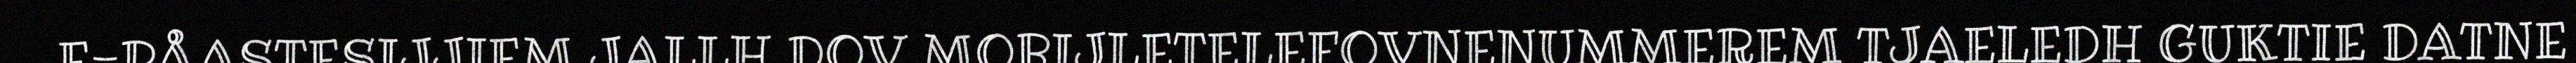
E-PÅASTESIJJIEM JALLH DOV MOBIJLETELEFOVNENUMMEREM TJAELEDH GUKTIE DATNE